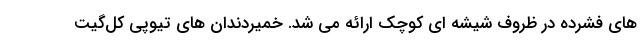
های فشرده در ظروف شیشه ای کوچک ارائه می شد. خمیردندان های تیوپی کل‌گیت